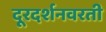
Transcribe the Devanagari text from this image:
दूरदर्शनवरती